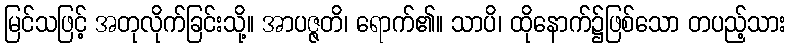
မြင်သဖြင့် အတုလိုက်ခြင်းသို့။ အာပဇ္ဇတိ၊ ရောက်၏။ သာပိ၊ ထိုနောက်၌ဖြစ်သော တပည့်သား